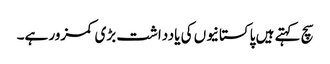
سچ کہتے ہیں پاکستانیوں کی یادداشت بڑی کمزور ہے۔